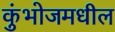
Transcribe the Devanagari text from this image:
कुंभोजमधील